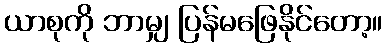
ယာစုကို ဘာမျှ ပြန်မဖြေနိုင်တော့။